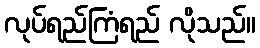
လုပ်ရည်ကြံရည် လိုသည်။